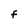
Character: F